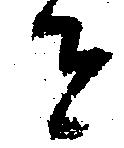
者